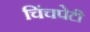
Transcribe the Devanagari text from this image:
चिंचपेटी